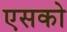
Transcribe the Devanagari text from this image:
एसको